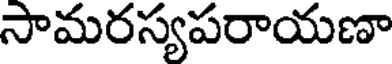
సామరస్యపరాయణా